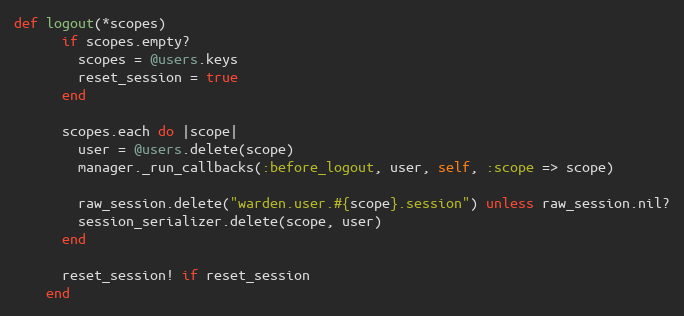
Language: Ruby
def logout(*scopes)
      if scopes.empty?
        scopes = @users.keys
        reset_session = true
      end

      scopes.each do |scope|
        user = @users.delete(scope)
        manager._run_callbacks(:before_logout, user, self, :scope => scope)

        raw_session.delete("warden.user.#{scope}.session") unless raw_session.nil?
        session_serializer.delete(scope, user)
      end

      reset_session! if reset_session
    end